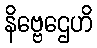
နိဗ္ဗေဌေဟိ